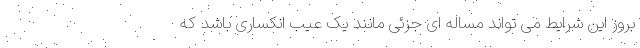
بروز این شرایط می تواند مساله ای جزئی مانند یک عیب انکساری باشد که